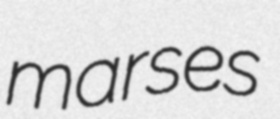
marses